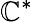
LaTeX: \mathbb{C}^{\ast}